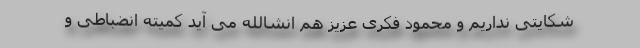
شکایتی نداریم و محمود فکری عزیز هم انشالله می آید کمیته انضباطی و